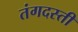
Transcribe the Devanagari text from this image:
तंगदस्ती